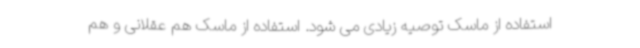
استفاده از ماسک توصیه زیادی می شود. استفاده از ماسک هم عقلانی و هم